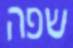
שפה